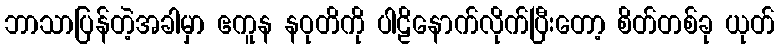
ဘာသာပြန်တဲ့အခါမှာ ဧကူန နဝုတိကို ပါဠိနောက်လိုက်ပြီးတော့ စိတ်တစ်ခု ယုတ်